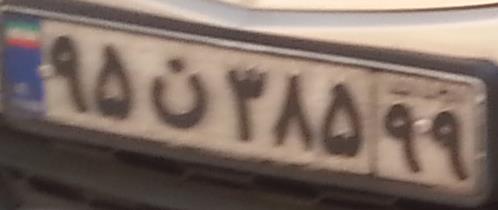
۹۵ن۳۸۵۹۹